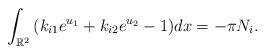
LaTeX: \begin{align*}\int_{\mathbb{R}^2}{(k_{i1}e^{u_1}+k_{i2}e^{u_2}-1)}dx&=-\pi N_i.\end{align*}